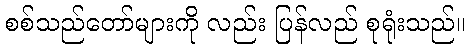
စစ်သည်တော်များကို လည်း ပြန်လည် စုရုံးသည်။